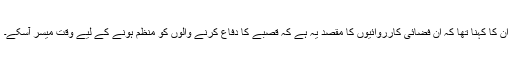
اُن کا کہنا تھا کہ اِن فضائی کارروائیوں کا مقصد یہ ہے کہ قصبے کا دفاع کرنے والوں کو منظم ہونے کے لیے وقت میسر آسکے۔